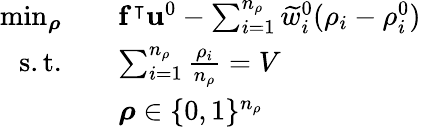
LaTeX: \begin{array}{rl}{\operatorname*{min}_{\boldsymbol{\rho}}}&{\quad\mathbf{f}^{\intercal}\mathbf{u}^{0}-\sum_{i=1}^{n_{\rho}}\widetilde{w}_{i}^{0}(\rho_{i}-\rho_{i}^{0})}\\ {\mathrm{s.t.}}&{\quad\sum_{i=1}^{n_{\rho}}\frac{\rho_{i}}{n_{\rho}}=V}\\ &{\quad\boldsymbol{\rho}\in\{ 0,1\} ^{n_{\rho}}}\end{array}